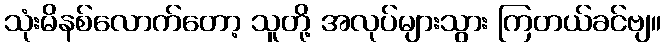
သုံးမိနစ်လောက်တော့ သူတို့ အလုပ်များသွား ကြတယ်ခင်ဗျ။